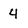
Character: 4